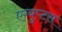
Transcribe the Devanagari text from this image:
एग्युप्टस